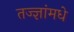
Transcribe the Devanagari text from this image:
तज्ज्ञांमधे